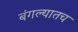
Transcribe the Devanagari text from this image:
बंगल्यातच